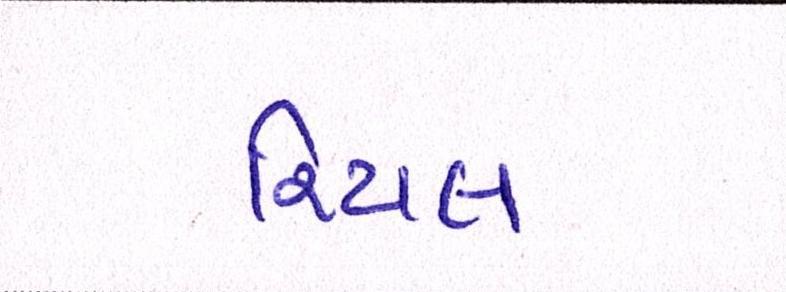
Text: રિયલ